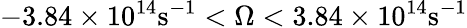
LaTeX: -3.84\times 10^{14}\mathrm{s}^{-1}<\Omega<3.84\times 10^{14}\mathrm{s}^{-1}